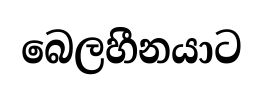
බෙලහීනයාට